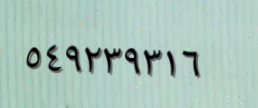
٥٤٩٢٣٩٣١٦